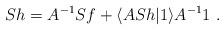
LaTeX: \begin{align*}Sh=A^{-1}Sf+ \langle ASh | 1\rangle A^{-1}1\ .\end{align*}